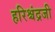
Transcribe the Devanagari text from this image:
हरिश्चंद्रजी